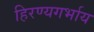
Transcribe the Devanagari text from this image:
हिरण्यगर्भाय